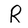
Character: R